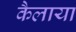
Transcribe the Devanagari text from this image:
कैलाया